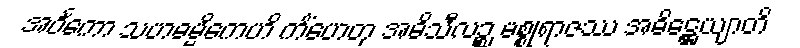
အဝင်္ကော သဟဓမ္မိကေဟိ ကိံဟေတု အဓိသီလဉ္စ မစ္စုရာဇဿ အဓိဋ္ဌေယျာတိ